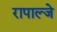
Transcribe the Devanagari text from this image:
रापाल्जे